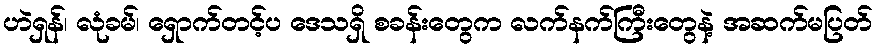
ဟဲရှန်၊ လုံခမ်၊ ရှောက်တင့်ပ ဒေသရှိ စခန်းတွေက လက်နက်ကြီးတွေနဲ့ အဆက်မပြတ်